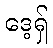
ဒေ့ရှ်